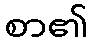
စာ၏